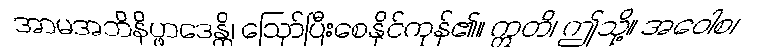
အာမအဘိနိပ္ဖာဒေန္တိ၊ ဩော်ပြီးစေနိုင်ကုန်၏။ ဣတိ၊ ဤသို့။ အဝေါစ၊